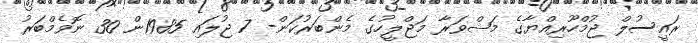
ރައީސުލް ޖުމްހޫރިއްޔާގެ މަޝްވަރާ މަޖްލީހުގެ މެންބަރުކަން- 7 ޖުލައި 1985ން 30 ނޮވެމްބަރު